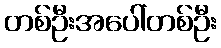
တစ်ဦးအပေါ်တစ်ဦး